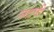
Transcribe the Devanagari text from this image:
सटवी